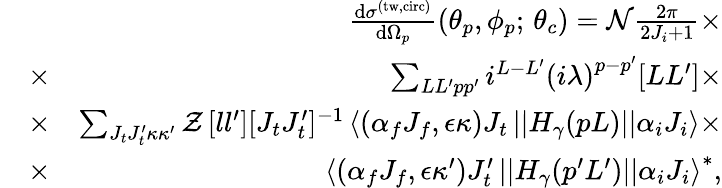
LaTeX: \begin{array}{rlr}&{}&{\frac{\mathrm{d}\sigma^{\mathrm{(tw,circ)}}}{\mathrm{d}\Omega_{p}}\left(\theta_{p},\phi_{p};\, \theta_{c}\right)=\mathcal{N}\frac{2\pi}{2J_{i}+1}\times}\\ &{\times}&{\sum_{LL^{\prime}pp^{\prime}}i^{L-L^{\prime}}\left(i\lambda\right)^{p-p^{\prime}}[LL^{\prime}]\times}\\ &{\times}&{\sum_{J_{t}J_{t}^{\prime}\kappa\kappa^{\prime}}{\cal Z}\, [ll^{\prime}][J_{t}J_{t}^{\prime}]^{-1}\left\langle(\alpha_{f}J_{f},\epsilon\kappa)J_{t}\left\vert\left\vert H_{\gamma}(pL)\right\vert\right\vert\alpha_{i}J_{i}\right\rangle\times}\\ &{\times}&{\left\langle(\alpha_{f}J_{f},\epsilon\kappa^{\prime})J_{t}^{\prime}\left\vert\left\vert H_{\gamma}(p^{\prime}L^{\prime})\right\vert\right\vert\alpha_{i}J_{i}\right\rangle^{\ast},}\end{array}